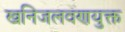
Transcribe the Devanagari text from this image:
खनिजलवणयुक्त